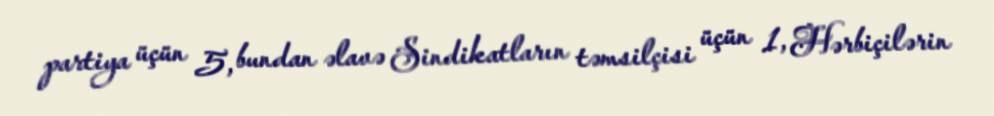
partiya üçün 5, bundan əlavə Sindikatların təmsilçisi üçün 1, Hərbiçilərin